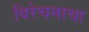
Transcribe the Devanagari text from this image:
विरेचनाचा